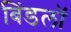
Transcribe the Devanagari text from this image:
बिंडलॉ